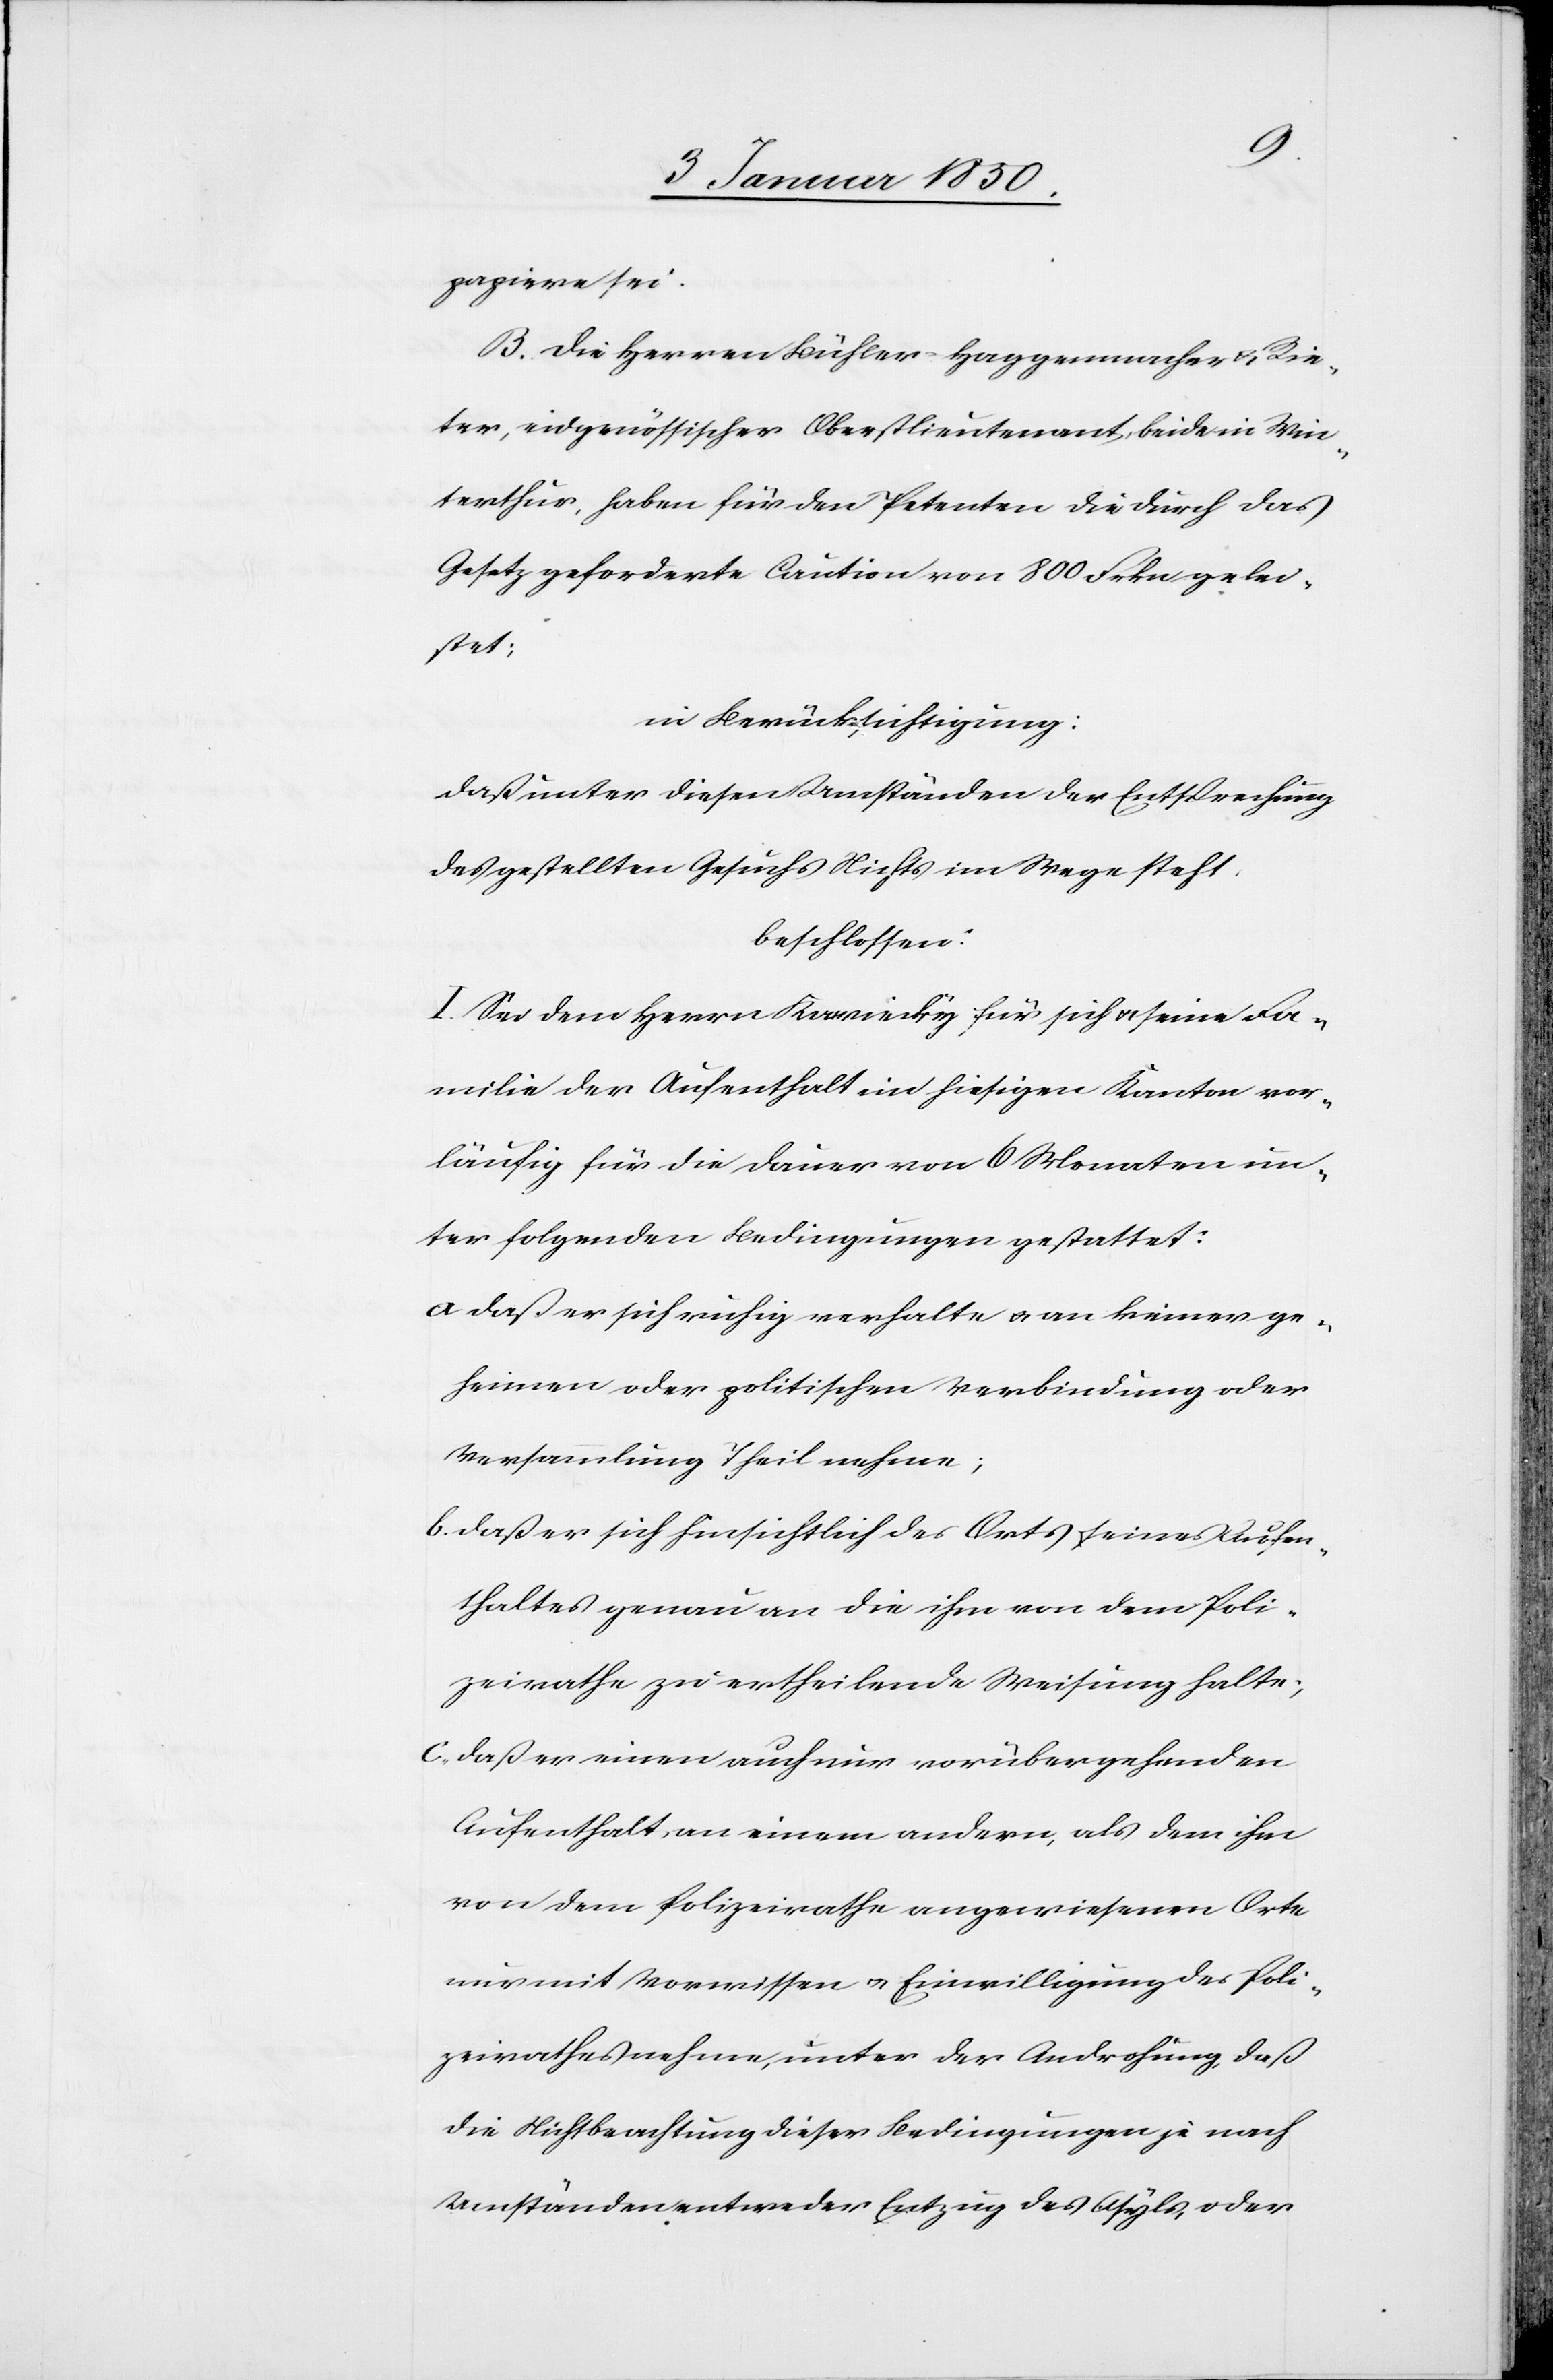
papiere sei.
B. Die Herren Bühler-Haggenmacher u. Rie¬
ter, eidgenössischer Oberstlieutenant, beide in Win¬
terthur, haben für den Petenten die durch das
Gesetz geforderte Caution von 800 Frkn gelei¬
stet:
in Berücksichtigung:
daß unter diesen Umständen der Entsprechung
des gestellten Gesuchs Nichts im Wege steht.
beschlossen:
I. Sei dem Herrn Kawiecky für sich u. seine Fa¬
milie der Aufenthalt im hiesigen Kanton vor¬
läufig für die Dauer von 6 Monaten un¬
ter folgenden Bedingungen gestattet:
a Daß er sich ruhig verhalte u. an keiner ge¬
heimen oder politischen Verbindung oder
Versammlung Theil nehme;
b. Daß er sich hinsichtlich des Orts seines Aufen¬
thaltes genau an die ihm von dem Poli¬
zeirathe zu ertheilende Weisung halte;
c. Daß er einen auch nur vorübergehenden
Aufenthalt an einem andern, als dem ihm
von dem Polizeirathe angewiesenen Orte
nur mit Vorwissen u. Einwilligung des Poli¬
zeirathes nehme, unter der Androhung, daß
die Nichtbeachtung dieser Bedingungen je nach
Umständen entweder Entzug des Asyles, oder